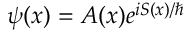
\psi ( x ) = A ( x ) e ^ { i S ( x ) / \hbar }